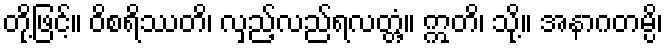
တို့ဖြင့်။ ဝိစရိဿတိ၊ လှည့်လည်ရလတ္တံ့။ ဣတိ၊ သို့။ အနာဂတမ္ပိ၊